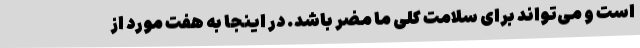
است و می‌تواند برای سلامت کلی ما مضر باشد. در اینجا به هفت مورد از